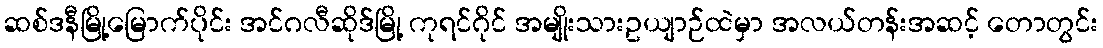
ဆစ်ဒနီမြို့မြောက်ပိုင်း အင်ဂလီဆိုဒ်မြို့ ကုရင်ဂိုင် အမျိုးသားဥယျာဉ်ထဲမှာ အလယ်တန်းအဆင့် တောတွင်း